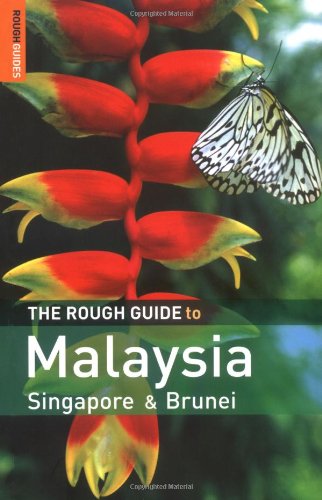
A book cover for The Rough Guide to Malaysia, Singapore  &  Brunei 5 (Rough Guide Travel Guides); Steven Martin; Travel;